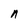
Character: n